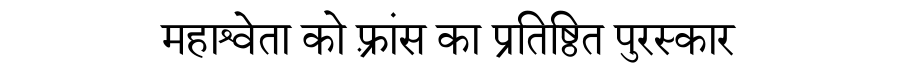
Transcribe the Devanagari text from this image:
महाश्वेता को फ़्रांस का प्रतिष्ठित पुरस्कार